Indian journal of veterinary science and animal husbandry - Volume 9,
Year: 1939
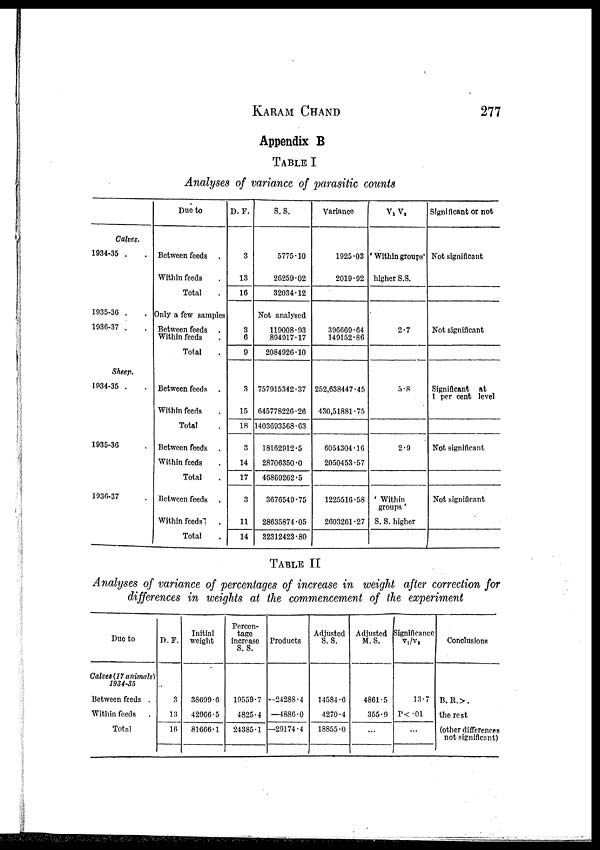
KARAM CHAND 277
Appendix B
TABLE I
Analyses of variance of parasitic counts
Calves.
1934-35 . .
1935-36 . .
1936-37 . .
Sheep.
1934-35 . .
1935-36 .
1936-37 .
Due to
Between feeds .
Within feeds .
Total .
Only a few samples
Between feeds .
Within feeds .
Total .
Between feeds .
Within feeds .
Total .
Between feeds .
Within feeds .
Total .
Between feeds .
Within feeds .
Total .
D. F.
3
13
16
3
6
9
3
15
18
3
14
17
3
11
14
S. S.
5775.10
26259.02
32034.12
Not analysed
119008.93
894917.17
2084926.10
757915342.37
645778226.26
1403693568.63
18162912.5
28706350.0
46869262.5
3676549.75
28635874.05
32312423.80
Variance
1925.03
2019.92
396669.64
149152.86
252,638447.45
430,51881.75
6054304.16
2050453.57
1225516.58
2603261.27
V 1 V 2
' Within groups'
higher S.S.
2.7
5.8
2.9
' Within
groups '
S. S. higher
Significant or not
Not significant
Not significant
Significant at
1 per cent level
Not significant
Not significant
TABLE II
Analyses of variance of percentages of increase in weight after correction for
differences in weights at the commencement of the experiment
Due to
Calves (17 animals)
1934-35
Between feeds .
Within feeds .
Total
D. F.
3
13
16
Initial
weight
38699.6
42966.5
81666.1
Percen-
tage
Increase
S. S.
19559.7
4825.4
24385.1
Products
—24288.4
—4886.0
—29174.4
Adjusted
S. S.
14584.6
4270.4
18855.0
Adjusted
M. S.
4861.5
355.9
...
Significance
V 1 /V 2
13.7
P<.01
...
Conclusions
B.R.>.
the rest
(other differences
not significant)